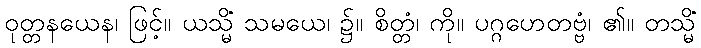
ဝုတ္တနယေန၊ ဖြင့်။ ယသ္မိံ သမယေ၊ ၌။ စိတ္တံ၊ ကို။ ပဂ္ဂဟေတဗ္ဗံ၊ ၏။ တသ္မိံ